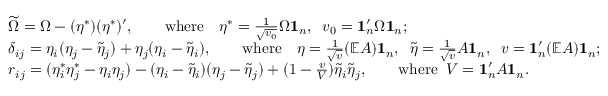
\begin{array} { r l } & { \widetilde { \Omega } = \Omega - ( \eta ^ { * } ) ( \eta ^ { * } ) ^ { \prime } , \qquad \mathrm { w h e r e } \quad \eta ^ { * } = \frac { 1 } { \sqrt { v _ { 0 } } } \Omega { \bf 1 } _ { n } , \; \; v _ { 0 } = { \bf 1 } _ { n } ^ { \prime } \Omega { \bf 1 } _ { n } ; } \\ & { \delta _ { i j } = \eta _ { i } ( \eta _ { j } - \tilde { \eta } _ { j } ) + \eta _ { j } ( \eta _ { i } - \tilde { \eta } _ { i } ) , \qquad \mathrm { w h e r e } \quad \eta = \frac { 1 } { \sqrt { v } } ( \mathbb { E } A ) { \bf 1 } _ { n } , \; \; \tilde { \eta } = \frac { 1 } { \sqrt { v } } A { \bf 1 } _ { n } , \; \; v = { \bf 1 } _ { n } ^ { \prime } ( \mathbb { E } A ) { \bf 1 } _ { n } ; } \\ & { r _ { i j } = ( \eta _ { i } ^ { * } \eta _ { j } ^ { * } - \eta _ { i } \eta _ { j } ) - ( \eta _ { i } - \tilde { \eta } _ { i } ) ( \eta _ { j } - \tilde { \eta } _ { j } ) + ( 1 - \frac { v } { V } ) \tilde { \eta } _ { i } \tilde { \eta } _ { j } , \qquad \mathrm { w h e r e } \; \; V = { \bf 1 } _ { n } ^ { \prime } A { \bf 1 } _ { n } . } \end{array}